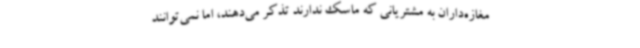
مغازه‌داران به مشتریانی که ماسک ندارند تذکر می‌دهند، اما نمی‌توانند